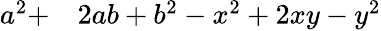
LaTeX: \begin{array}{rl}{a^{2}+}&{{}2ab+b^{2}-x^{2}+2xy-y^{2}}\end{array}